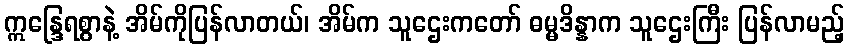
ဣန္ဒြေရစွာနဲ့ အိမ်ကိုပြန်လာတယ်၊ အိမ်က သူဌေးကတော် ဓမ္မဒိန္နာက သူဌေးကြီး ပြန်လာမည့်